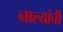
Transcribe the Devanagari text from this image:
नाल्यांची